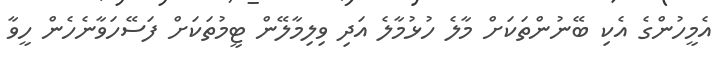
އެމީހުންގެ އެކި ބޭނުންތަކަށް މާލެ ހުޅުމާލެ އަދި ވިލިމާލޭން ޓީމުތަކަށް ފަސޭހަވާނެހެން ހީވާ